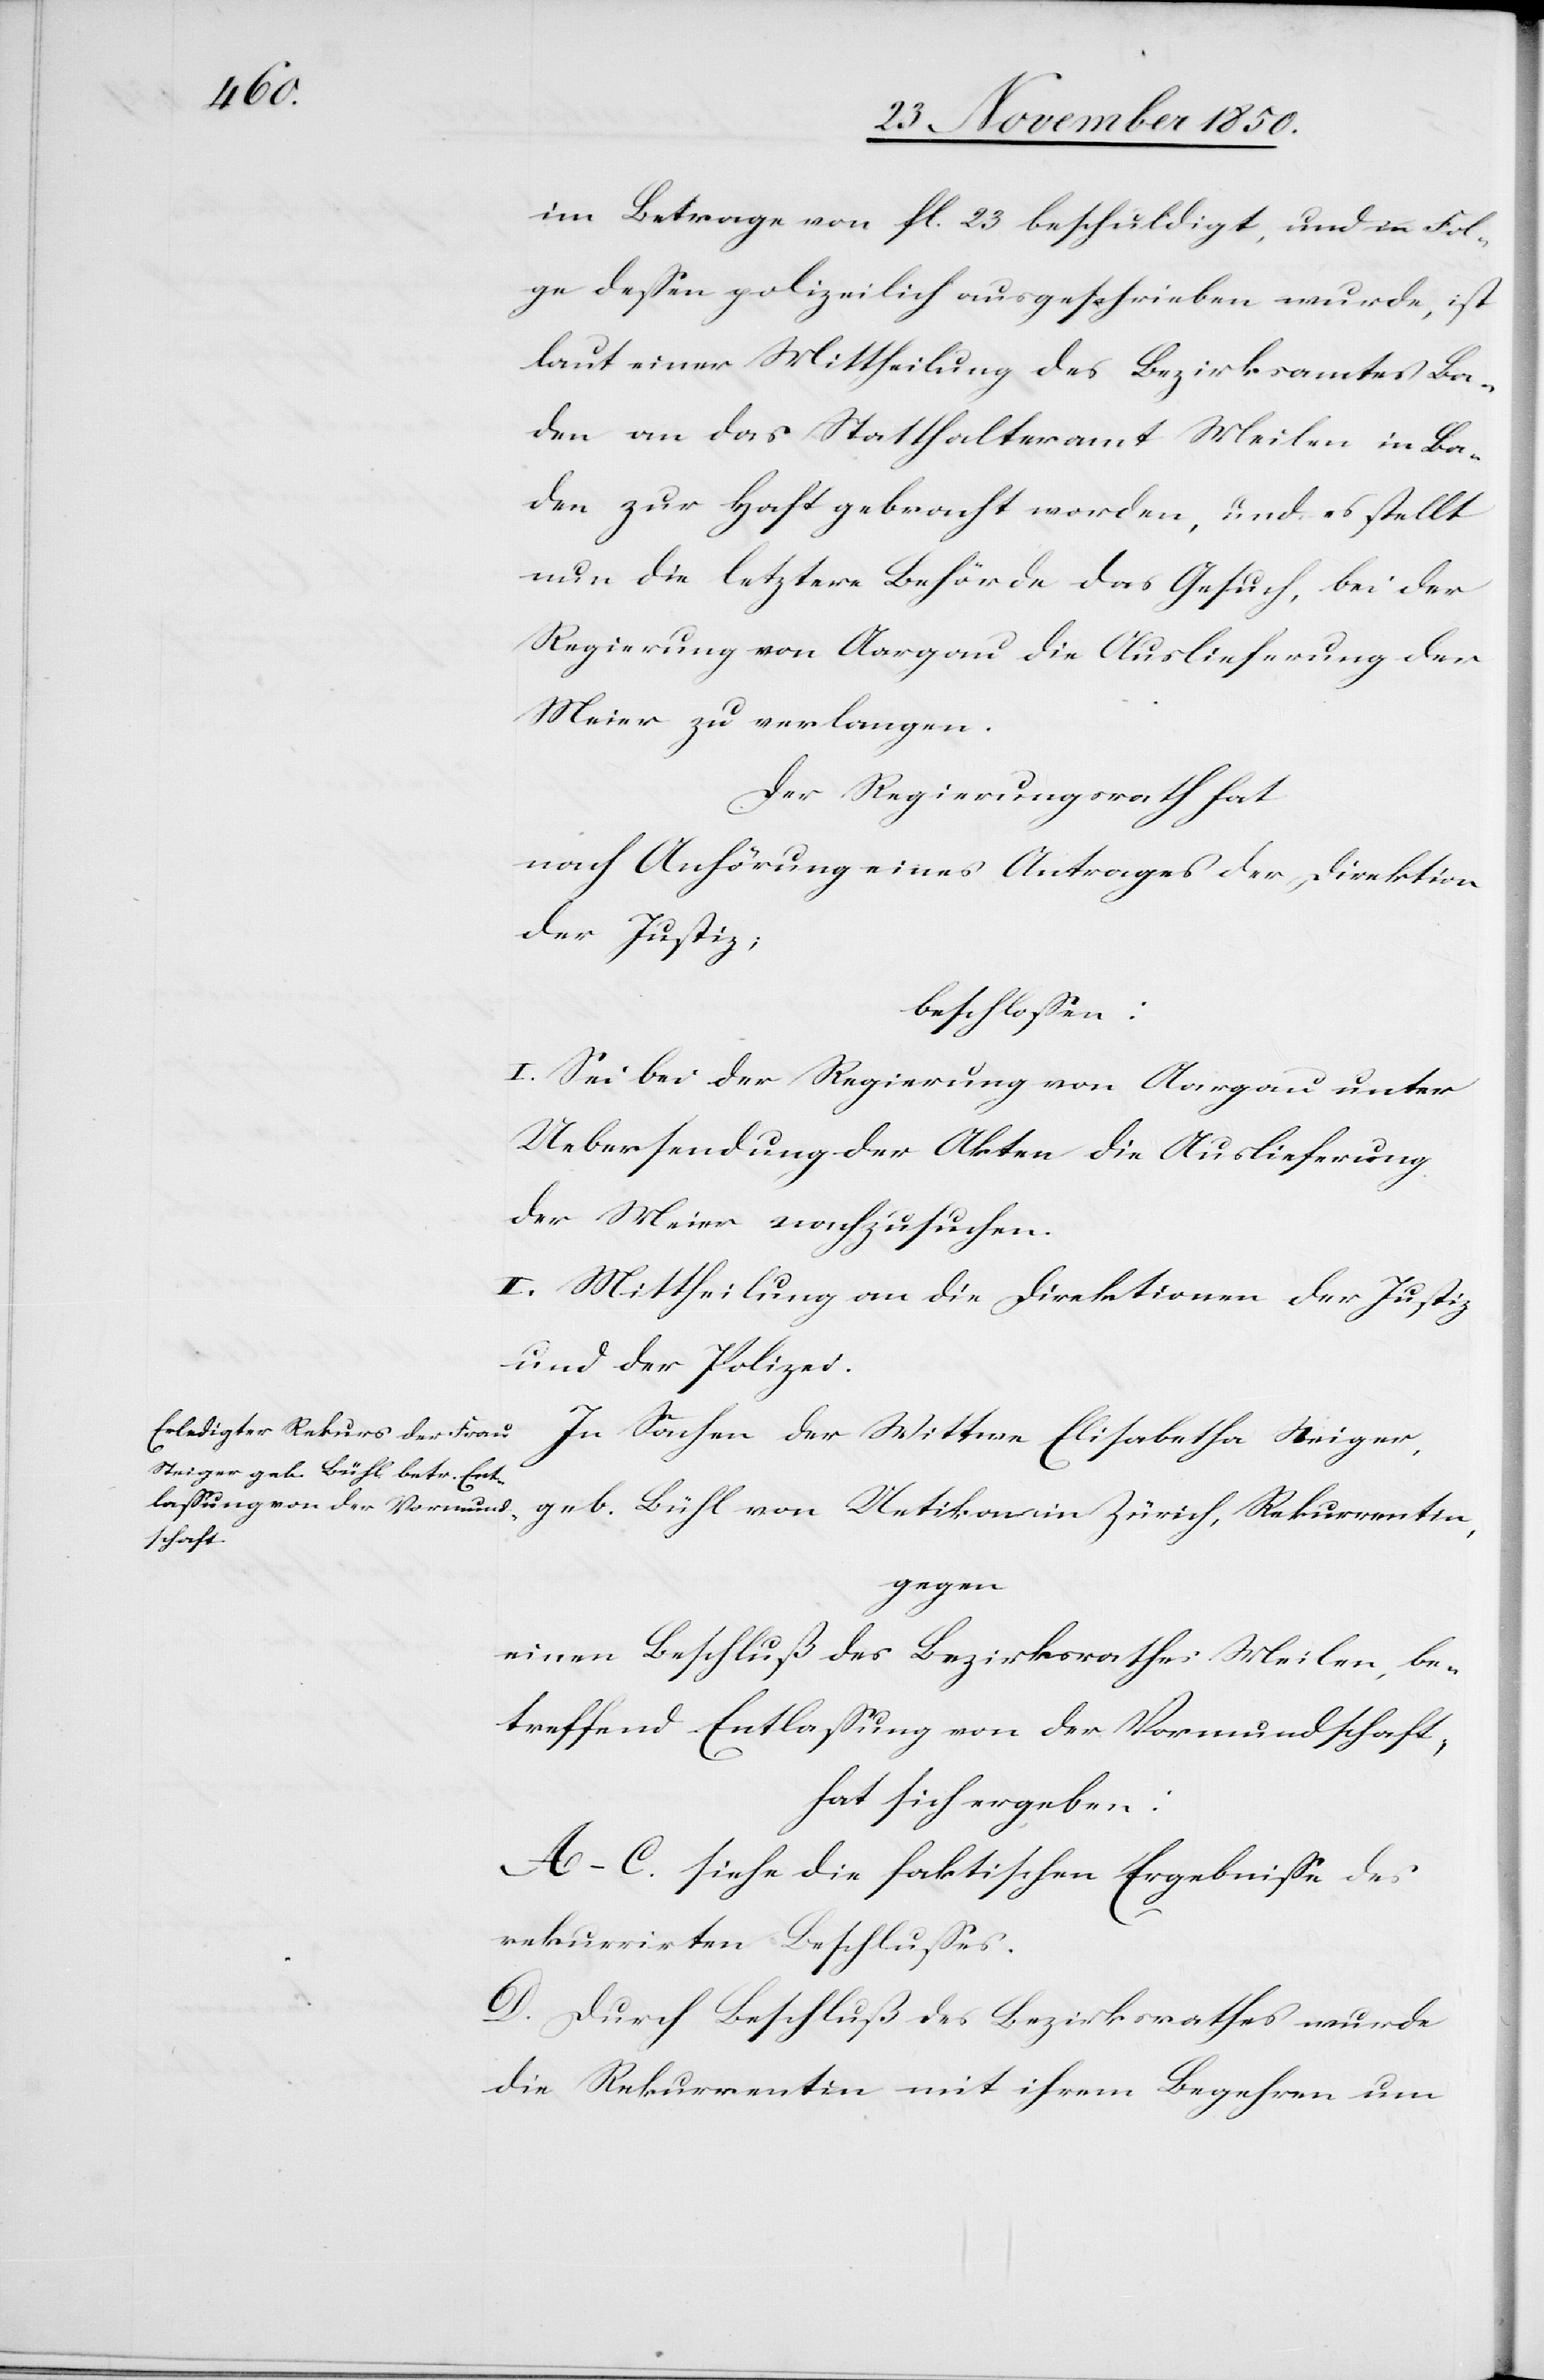
im Betrage von fl. 23 beschuldigt, und in Fol¬
ge dessen polizeilich ausgeschrieben wurde, ist
laut einer Mittheilung des Bezirksamtes Ba¬
den an das Statthalteramt Meilen in Ba¬
den zur Haft gebracht worden, und es stellt
nun die letztere Behörde das Gesuch, bei der
Regierung von Aargau die Auslieferung der
Meier zu verlangen.
Der Regierungsrath hat
nach Anhörung eines Antrages der Direktion
der Justiz;
beschlossen:
I. Sei bei der Regierung von Aargau unter
Uebersendung der Akten die Auslieferung
der Meier nachzusuchen.
II. Mittheilung an die Direktionen der Justiz
und der Polizei.
In Sachen der Wittwe Elisabetha Steiger,
geb. Bühl von Uetikon in Zürich, Rekurrentin,
gegen
einen Beschluß des Bezirksrathes Meilen, be¬
treffend Entlassung von der Vormundschaft,
hat sich ergeben:
A–C. siehe die faktischen Ergebnisse des
rekurrirten Beschlusses.
D. Durch Beschluß des Bezirksrathes wurde
die Rekurrentin mit ihrem Begehren um